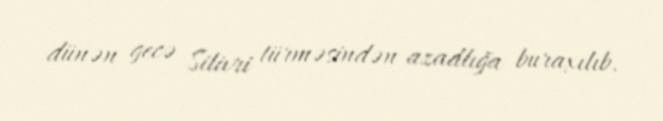
dünən gecə Silivri türməsindən azadlığa buraxılıb.